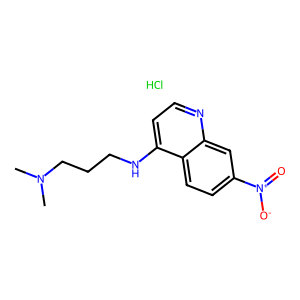
SMILES: CN(C)CCCNc1ccnc2cc([N+](=O)[O-])ccc12.Cl
Inhibits HIV replication: No